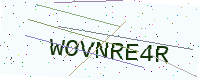
Text: WOVNRE4R